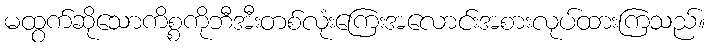
မထွက်ဆိုသောကိစ္စကိုဘီအီးတစ်လုံးကြေးအလောင်းအစားလုပ်ထားကြသည်။